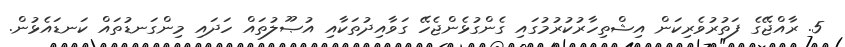
5. ރާއްޖޭގެ ފަތުރުވެރިކަން އިޝްތިހާރުކުރުމުގައި ގެންގުޅެންޖެހޭ ގަވާއިދުތަކާއި އުޞޫލުތައް ހަދައި މިންގަނޑުތައް ކަނޑައެޅުން.